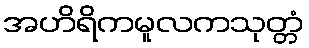
အဟိရိကမူလကသုတ္တံ